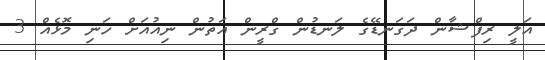
އަލީ ރިފްޝާން ދަގަނޑޭގެ ލަނޑުން ގްރީން އަތުން ނިއުއަށް ހަނި މޮޅެއް 3